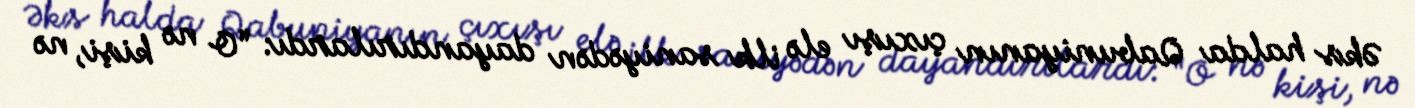
Əks halda Qabuniyanın çıxışı elə ilk saniyədən dayandırılardı: “O nə kişi, nə